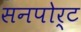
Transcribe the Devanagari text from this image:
सनपोर्ट